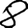
Digit: 8